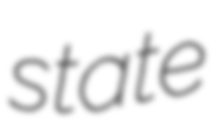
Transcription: state